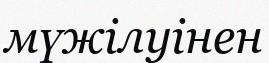
мүжілуінен